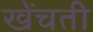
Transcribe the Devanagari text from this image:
खेंचती